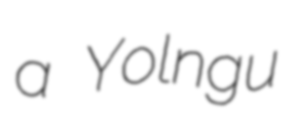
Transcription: a Yolngu